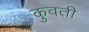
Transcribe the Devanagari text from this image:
कुवती